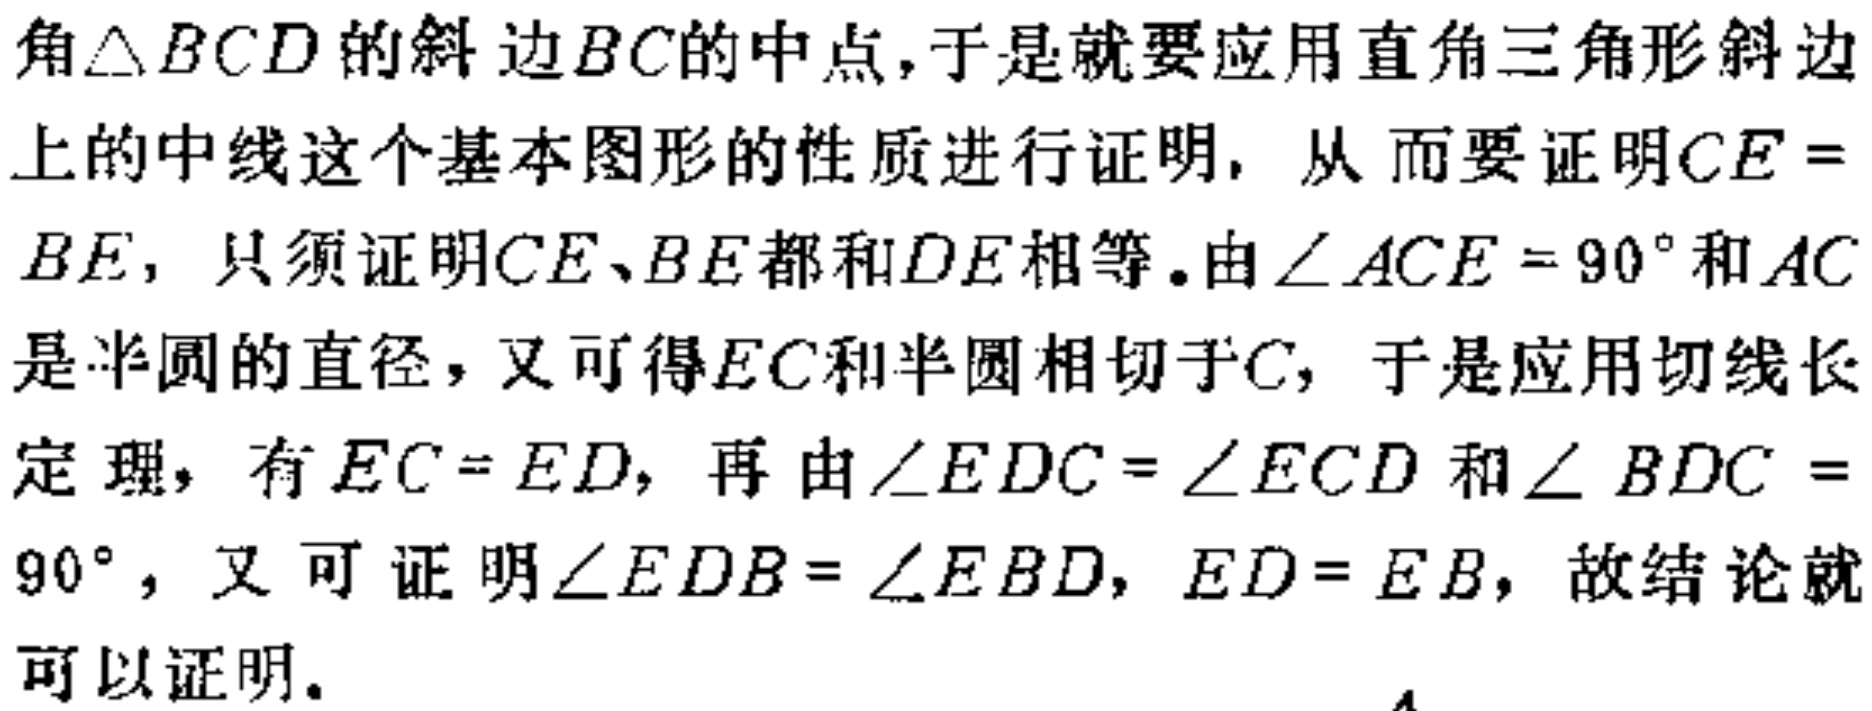
角$\triangle BCD$的斜边$BC$的中点,于是就要应用直角三角形斜边上的中线这个基本图形的性质进行证明, 从而要证明$CE = BE$, 只须证明$CE、BE$都和$DE$相等.由$\angle ACE = 90^{\circ}$和$AC$是半圆的直径，又可得$EC$和半圆相切于$C$, 于是应用切线长定理，有$EC = ED$, 再由$\angle EDC = \angle ECD$和$\angle BDC = 90^{\circ}$, 又可证明$\angle EDB=\angle EBD$, $ED = EB$, 故结论就可以证明.